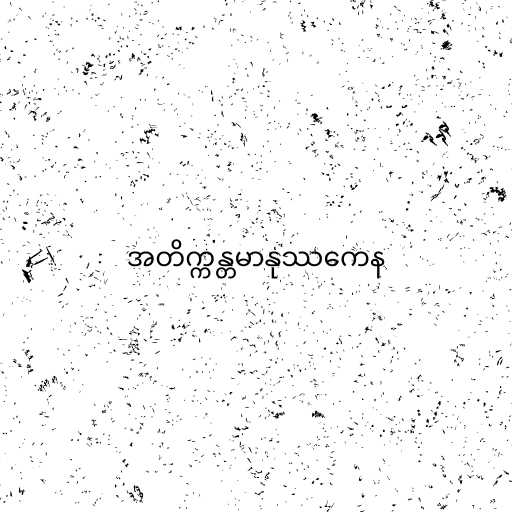
အတိက္ကန္တမာနုဿကေန